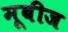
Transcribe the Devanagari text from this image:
मूबीज